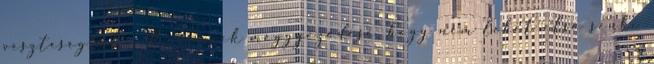
veszteségtől. - Reevennek meggyőződése, hogy nem lehet első senki